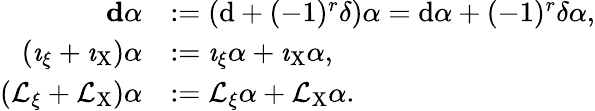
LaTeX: \begin{array}{rl}{\mathbf{d}\alpha}&{:=(\mathrm{d}+(-1)^{r}\delta)\alpha=\mathrm{d}\alpha+(-1)^{r}\delta\alpha,}\\ {(\imath_{\xi}+\imath_{\mathrm{X}})\alpha}&{:=\imath_{\xi}\alpha+\imath_{\mathrm{X}}\alpha,}\\ {(\mathcal{L}_{\xi}+\mathcal{L}_{\mathrm{X}})\alpha}&{:=\mathcal{L}_{\xi}\alpha+\mathcal{L}_{\mathrm{X}}\alpha.}\end{array}